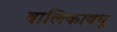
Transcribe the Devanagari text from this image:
बालिकावधू